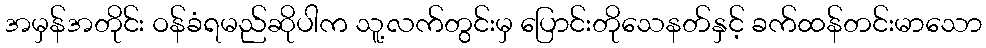
အမှန်အတိုင်း ဝန်ခံရမည်ဆိုပါက သူ့လက်တွင်းမှ ပြောင်းတိုသေနတ်နှင့် ခက်ထန်တင်းမာသော